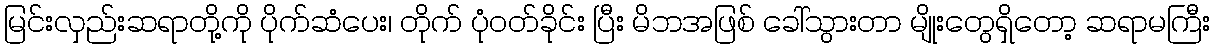
မြင်းလှည်းဆရာတို့ကို ပိုက်ဆံပေး၊ တိုက် ပုံဝတ်ခိုင်း ပြီး မိဘအဖြစ် ခေါ်သွားတာ မျိုးတွေရှိတော့ ဆရာမကြီး